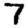
Digit: 7